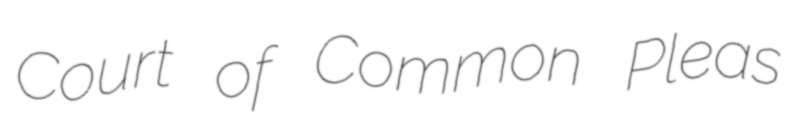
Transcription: Court of Common Pleas